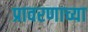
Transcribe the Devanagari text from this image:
प्रावरणाच्या